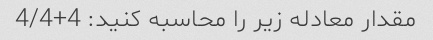
مقدار معادله زیر را محاسبه کنید: 4+4/4